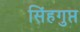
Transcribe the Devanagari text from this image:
सिंहगुप्त